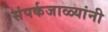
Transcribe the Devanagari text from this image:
संपर्कजाळ्यांनी